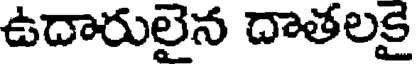
ఉదారులైన దాతలకై